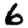
Digit: 6